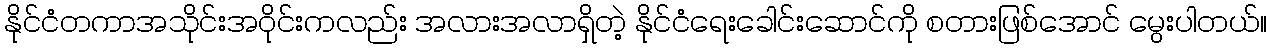
နိုင်ငံတကာအသိုင်းအဝိုင်းကလည်း အလားအလာရှိတဲ့ နိုင်ငံရေးခေါင်းဆောင်ကို စတားဖြစ်အောင် မွေးပါတယ်။